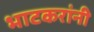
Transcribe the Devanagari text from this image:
भाटकरांनी